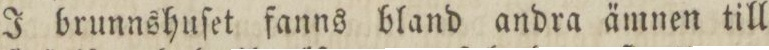
I brunnshuſet fanns bland andra ämnen till